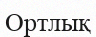
Ортлық